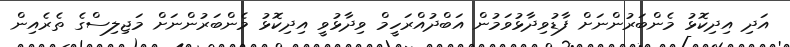
އަދި އިދިކޮޅު މެންބަރުންނަށް ފާޑުވިދާޅުވަމުން އަބްދުއްރަހީމް ވިދާޅުވީ އިދިކޮޅު މެންބަރުންނަށް މަޖިލިސްގެ ތެރެއިން